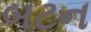
બટન